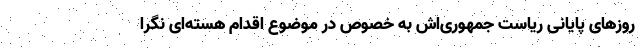
روزهای پایانی ریاست جمهوری‌اش به خصوص در موضوع اقدام هسته‌ای نگرا